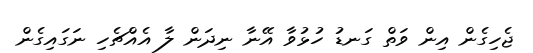
ޖެހިގެން އިން ވަތް ގަނޑު ހުޅުވާ އޭނާ ނިދަން ލާ އެއްޗެހި ނަގައިގެން